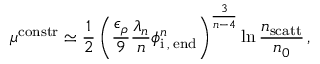
\mu ^ { \mathrm { c o n s t r } } \simeq \frac { 1 } { 2 } \left( \frac { \epsilon _ { \rho } } { 9 } \frac { \lambda _ { n } } { n } \phi _ { \mathrm { i \, , \; e n d } } ^ { n } \right) ^ { \frac { 3 } { n - 4 } } \ln \frac { n _ { \mathrm { s c a t t } } } { n _ { 0 } } \, ,